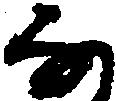
な